Civil Veterinary Dept. Bombay admin report 1907-1913 - 1907-1913
Year: 1907
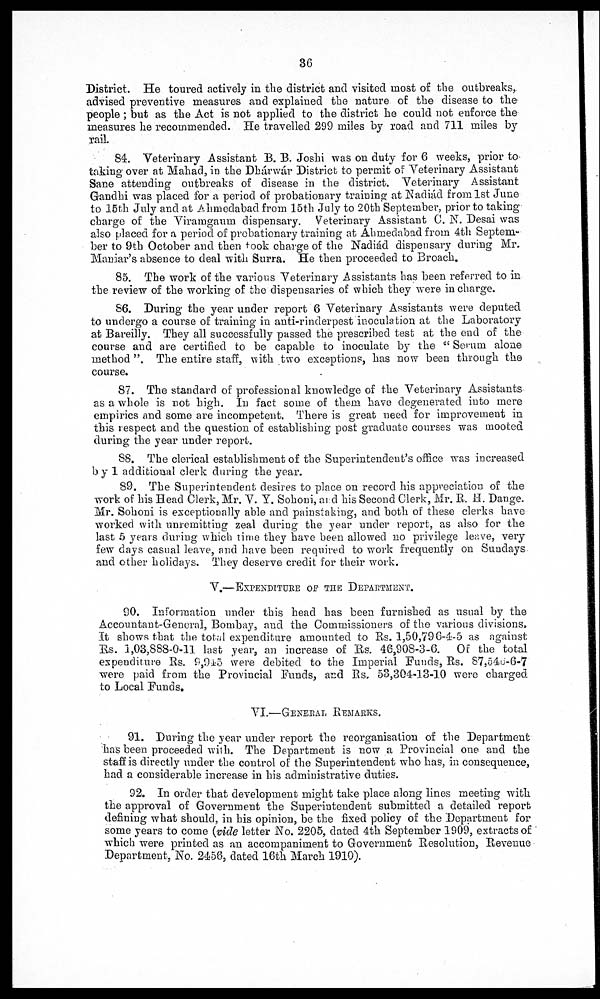
36
District. He toured actively in the district and visited most of the outbreaks,
advised preventive measures and explained the nature of the disease to the
people ; but as the Act is not applied to the district he could not enforce the
measures he recommended. He travelled 299 miles by road and 711 miles by
rail.
84. Veterinary Assistant B. B. Joshi was on duty for 6 weeks, prior to
taking over at Mahad, in the Dhárwár District to permit of Veterinary Assistant
Sane attending outbreaks of disease in the district. Veterinary Assistant
Gandhi was placed for a period of probationary training at Nadiád from 1st June
to 15th July and at Ahmedabad from 15th July to 20th September, prior to taking
charge of the Viramgaum dispensary. Veterinary Assistant C. N. Desai was
also placed for a period of probationary training at Ahmedabad from 4th Septem-
ber to 9th October and then took charge of the Nadiád dispensary during Mr.
Maniar's absence to deal with Surra. He then proceeded to Broach.
85. The work of the various Veterinary Assistants has been referred to in
the review of the working of the dispensaries of which they were in charge.
86. During the year under report 6 Veterinary Assistants were deputed
to undergo a course of training in anti-rinderpest inoculation at the Laboratory
at Bareilly. They all successfully passed the prescribed test at the end of the
course and are certified to be capable to inoculate by the " Serum alone
method ". The entire staff, with two exceptions, has now been through the
course.
87. The standard of professional knowledge of the Veterinary Assistants
as a whole is not high. In fact some of them have degenerated into mere
empirics and some are incompetent. There is great need for improvement in
this respect and the question of establishing post graduate courses was mooted
during the year under report.
88. The clerical establishment of the Superintendent's office was increased
by 1 additional clerk during the year.
89. The Superintendent desires to place on record his appreciation of the
work of his Head Clerk, Mr. V. Y. Sohoni, and his Second Clerk, Mr. R, H. Dange.
Mr. Sohoni is exceptionally able and painstaking, and both of these clerks have
worked with unremitting zeal during the year under report, as also for the
last 5 years during which time they have been allowed no privilege leave, very-
few days casual leave, and have been required to work frequently on Sundays
and other holidays. They deserve credit for their work.
V.—EXPENDITURE OF THE DEPARTMENT.
90. Information under this head has been furnished as usual by the
Accountant-General, Bombay, and the Commissioners of the various divisions,
It shows that the total expenditure amounted to Rs. 1,50,796-4-5 as against
Rs. 1,03,888-0-11 last year, an increase of Rs. 46,908-3-6. Of the total
expenditure Rs. 9,945 were debited to the Imperial funds, Rs. 87,540-6-7
were paid from the Provincial Funds, and Rs. 53,304-13-10 were charged
to Local Funds.
VI.—GENERAL REMARKS
91. During the year under report the reorganisation of the Department
has been proceeded with. The Department is now a Provincial one and the
staff is directly under the control of the Superintendent who has, in consequence,
had a considerable increase in his administrative duties.
92. In order that development might take place along lines meeting with
the approval of Government the Superintendent submitted a detailed report
defining what should, in his opinion, be the fixed policy of the Department for
some years to come (vide letter No. 2205, dated 4th September 1909, extracts of
which were printed as an accompaniment to Government Resolution, Revenue
Department, No. 2456, dated 16th March 1910).